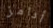
أدامز